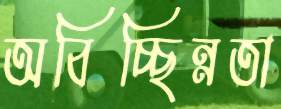
অবিচ্ছিন্নতা